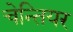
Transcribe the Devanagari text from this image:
चेन्तियर